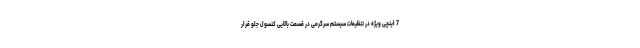
7 اینچی ویژه در تنظیمات سیستم سرگرمی در قسمت بالایی کنسول جلو قرار